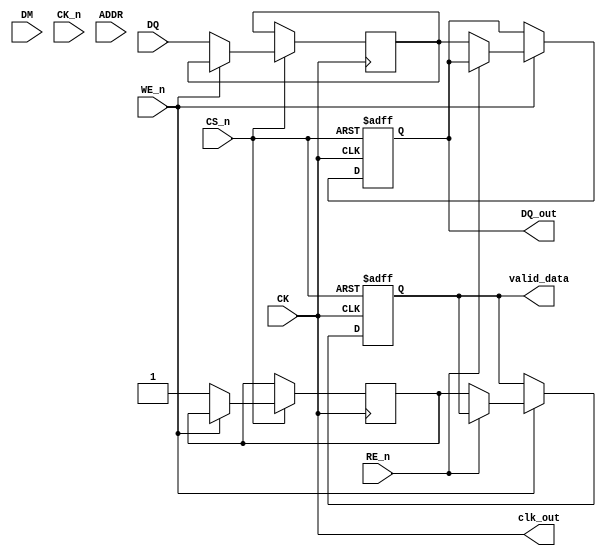
module gDDR5X_IO_Block (
    // I/O Signals
    input   wire [15:0] DQ,          // Data Lines
    input   wire [1:0]  DM,           // Data Mask
    input   wire        CK,           // Clock
    input   wire        CK_n,         // Inverted Clock
    input   wire [31:0] ADDR,         // Address Lines
    input   wire        CS_n,         // Chip Select (Active Low)
    input   wire        WE_n,         // Write Enable (Active Low)
    input   wire        RE_n,         // Read Enable (Active Low)

    // Output Signals
    output  reg [15:0] DQ_out,       // Data Output
    output  reg        valid_data,    // Data Valid Indicator
    output  wire       clk_out,       // Clock output for synchronization
    // Additional test and control signals can be added here
);

    // Parameter definitions
    parameter DATA_RATE = 14_000;  // Data rate in Mbps
    parameter BURST_LENGTH = 8;     // Example burst length

    // Internal signals
    reg  [15:0] internal_data;
    reg         internal_valid;
    reg         clk_event;

    // Clocking block for handling the sampling of data on rising edge
    always @(posedge CK or negedge CS_n) begin
        if (!CS_n) begin
            // On chip disable, reset outputs
            DQ_out <= 16'b0;
            valid_data <= 1'b0;
        end else begin
            if (!WE_n) begin
                // Write operation
                internal_data <= DQ;  // Capture input data
                internal_valid <= 1'b1; // Data is valid
            end else if (!RE_n) begin
                // Read operation
                DQ_out <= internal_data; // Output data
                valid_data <= internal_valid; // Indicate valid data
            end
        end
    end

    // Generate a clock output not required but provided for design testability
    assign clk_out = CK;

    // Additional control signals and features can be defined here
    // For power management and PLL integration, you might need additional modules

endmodule